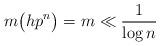
LaTeX: \begin{align*} m\big(hp^n\big) = m \ll \frac1{\log n}\end{align*}